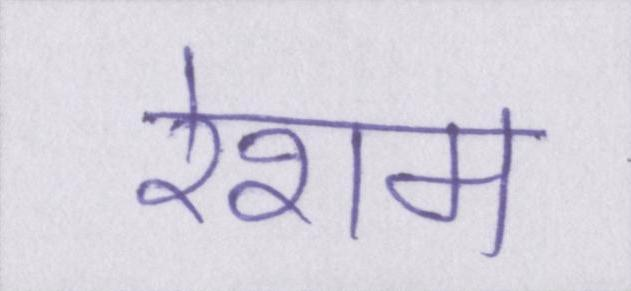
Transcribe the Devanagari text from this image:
रेशम